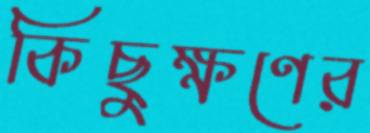
কিছুক্ষণের